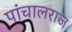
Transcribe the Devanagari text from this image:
पांचालराज